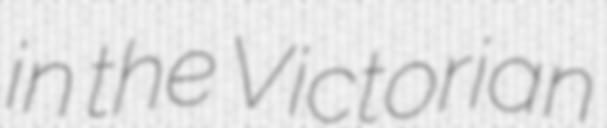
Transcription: in the Victorian